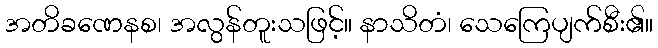
အတိခဏေနစ၊ အလွန်တူးသဖြင့်။ နာသိတံ၊ သေကြေပျက်စီး၏။